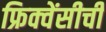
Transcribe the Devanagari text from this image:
फ्रिक्वेंसीची